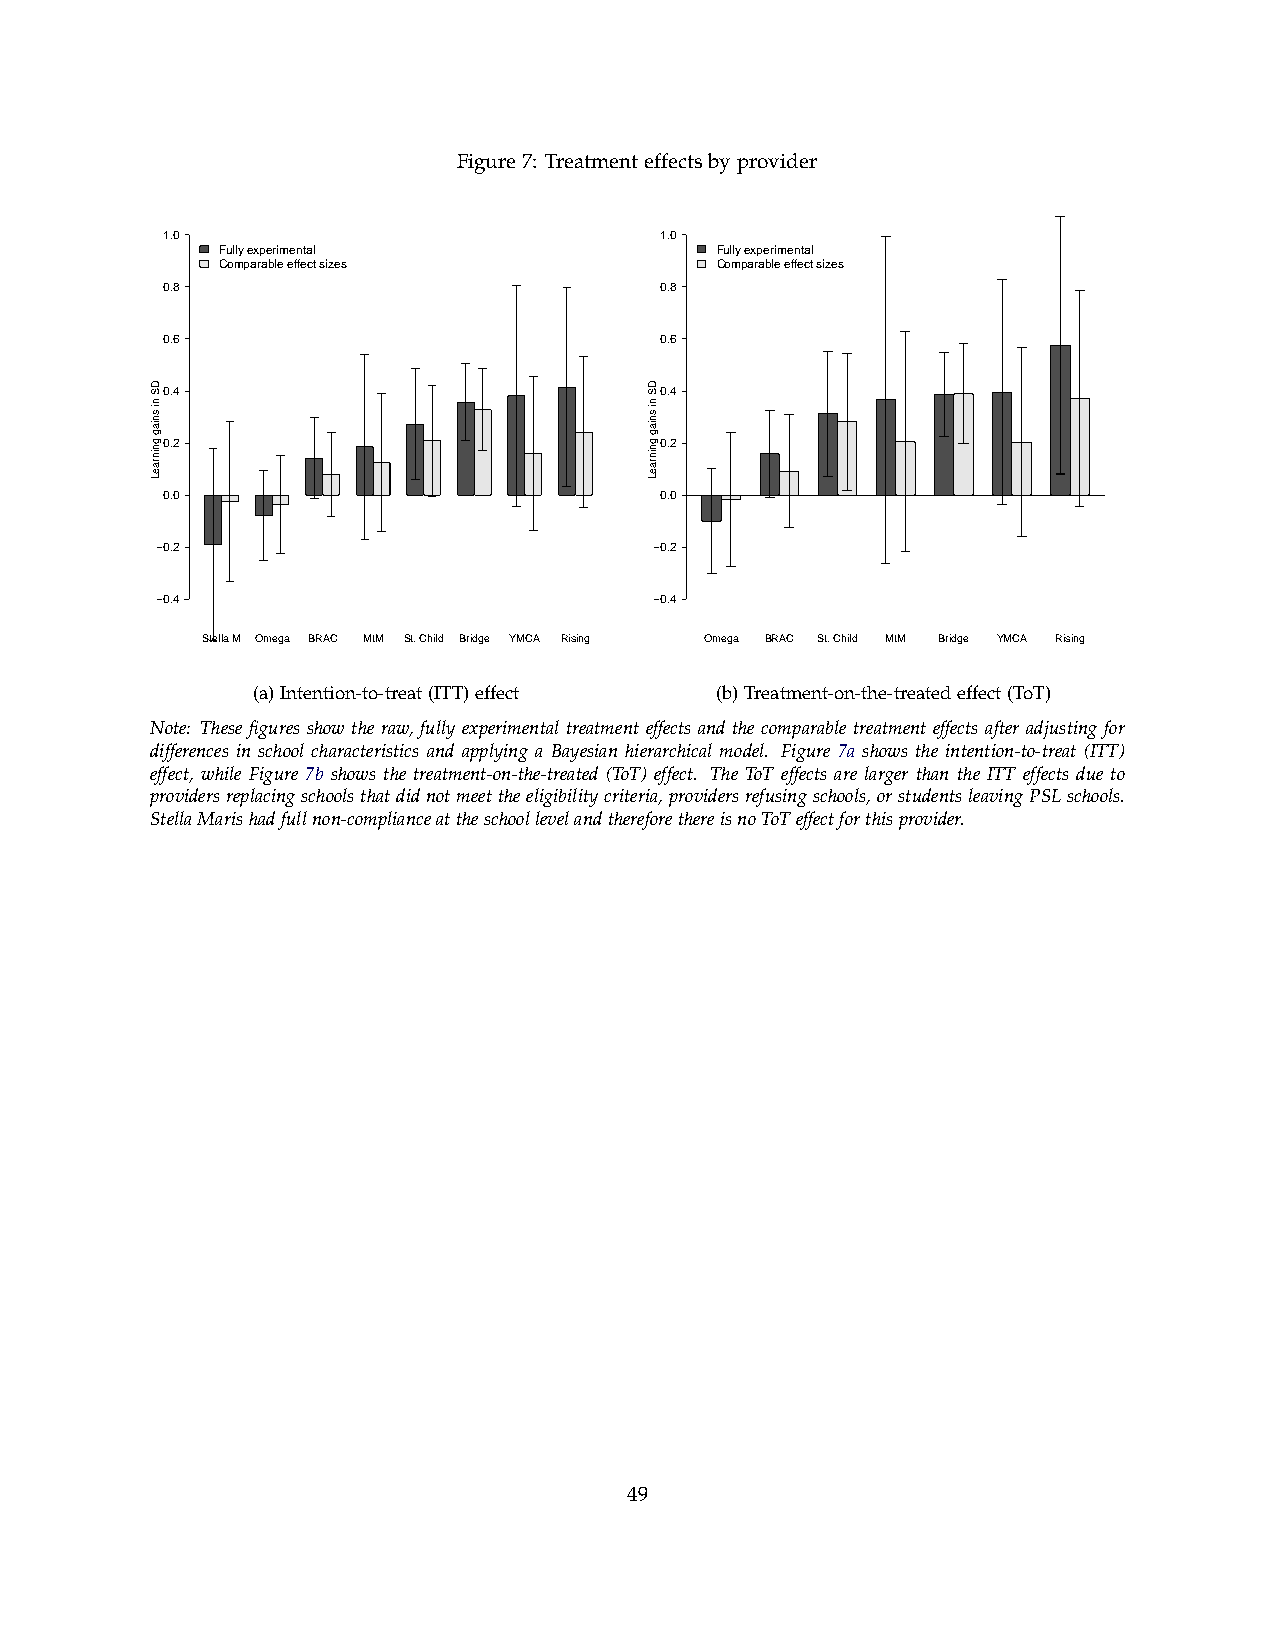
Figure7: Treatmenteffectsbyprovider
 1.0                              1.0
 Fully experimental              Fully experimental
 Comparable effect sizes         Comparable effect sizes
 0.8                              0.8
 0.6                              0.6
 0.4                              0.4
 0.2                              0.2
 0.0                              0.0
 −0.2                             −0.2
 −0.4                             −0.4
 Stella M Omega BRAC MtM St. Child Bridge YMCA Rising Omega BRAC St. Child MtM Bridge YMCA Rising
 (a)Intention-to-treat(ITT)effect (b)Treatment-on-the-treatedeffect(ToT)
 Note: These figures show the raw, fully experimental treatment effects and the comparable treatment effects after adjusting for
 differences in school characteristics and applying a Bayesian hierarchical model. Figure 7a shows the intention-to-treat (ITT)
 effect, while Figure 7b shows the treatment-on-the-treated (ToT) effect. The ToT effects are larger than the ITT effects due to
 providersreplacingschoolsthatdidnotmeettheeligibilitycriteria,providersrefusingschools,orstudentsleavingPSLschools.
 StellaMarishadfullnon-complianceattheschoollevelandthereforethereisnoToTeffectforthisprovider.
 49
 DS
 ni
 sniag
 gninraeL
 DS
 ni
 sniag
 gninraeL